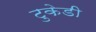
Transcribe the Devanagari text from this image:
टुकेडी